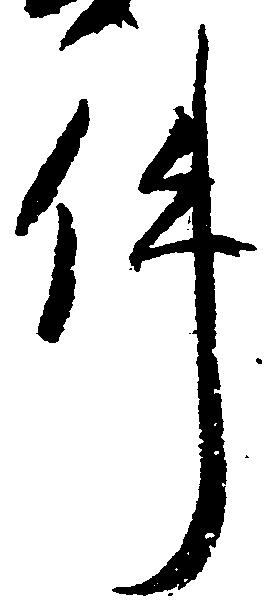
件